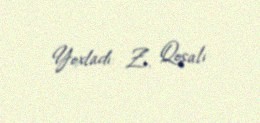
Yoxladı: Z. Qoşalı